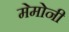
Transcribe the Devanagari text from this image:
मेमोनी